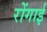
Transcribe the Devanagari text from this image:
रोंगाई